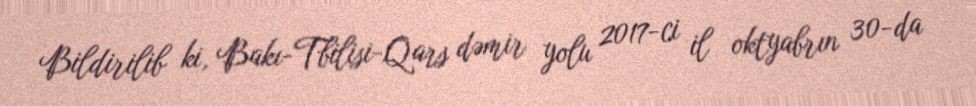
Bildirilib ki, Bakı-Tbilisi-Qars dəmir yolu 2017-ci il oktyabrın 30-da